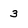
Character: 3